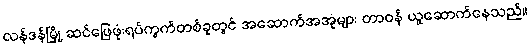
လန်ဒန်မြို့ ဆင်ဖြေဖုံးရပ်ကွက်တစ်ခုတွင် အဆောက်အအုံများ တာဝန် ယူဆောက်နေသည်။